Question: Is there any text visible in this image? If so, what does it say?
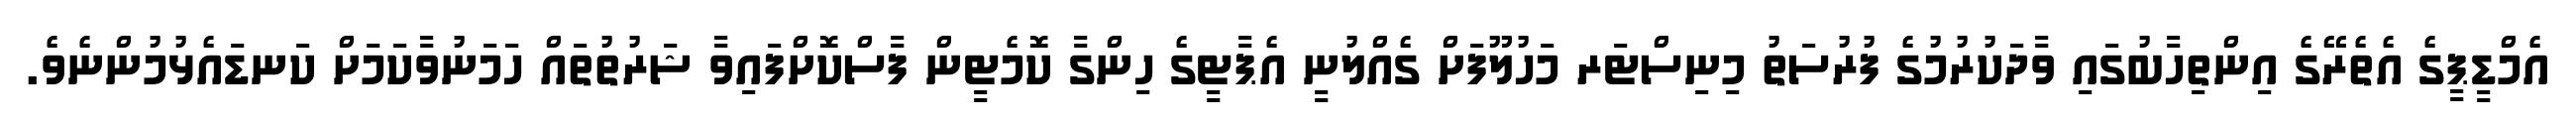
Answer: އެމްޑީޕީގެ އެތެރޭގެ އިންތިހާބުގައި ވާދަކުރުމުގެ ފުރުސަތު މިނިސްޓަރ މަހުލޫފަށް ގެއްލުނީ އެޕާޓީގެ ހިންގާ ކޮމެޓީން ފާސްކޮށްފައިވާ ޝަރުތުތައް ހަމަނުވާކަމަށް ކަނޑައެޅުމުންނެވެ.